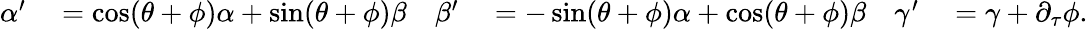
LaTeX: \begin{array}{rlrlrl}{\alpha^{\prime}}&{{}=\cos(\theta+\phi)\alpha+\sin(\theta+\phi)\beta}&{\beta^{\prime}}&{{}=-\sin(\theta+\phi)\alpha+\cos(\theta+\phi)\beta}&{\gamma^{\prime}}&{{}=\gamma+\partial_{\tau}\phi.}\end{array}